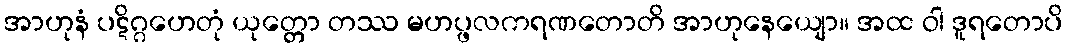
အာဟုနံ ပဋိဂ္ဂဟေတုံ ယုတ္တော တဿ မဟပ္ဖလကရဏတောတိ အာဟုနေယျော။ အထ ဝါ ဒူရတောပိ